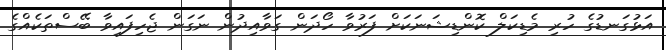
އަޅުގަނޑުގެ ހުރި މެޑިކަލް ކޮންޑިޝަނަކަށް ފަރުވާ ހޯދަން ގަވާއިދުން ނަގަން ޖެހިފައިވާ ބޭސްތަކެއްގެ